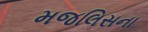
મજલિસના